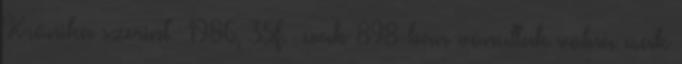
Krónika szerint 1986, 35f. csak 898-ban vonultak volna csak